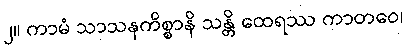
၂။ ကာမံ သာသနကိစ္စာနိ သန္တိ ထေရဿ ကာတဝေ၊